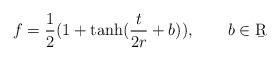
\begin{align*}f = \frac 12 (1 + \tanh (\frac{t}{2r} + b)), \qquad b \in \b{R} \end{align*}